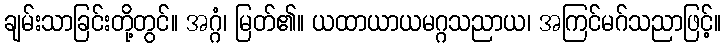
ချမ်းသာခြင်းတို့တွင်။ အဂ္ဂံ၊ မြတ်၏။ ယထာယာယမဂ္ဂသညာယ၊ အကြင်မဂ်သညာဖြင့်။